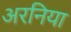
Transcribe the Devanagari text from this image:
अरनिया